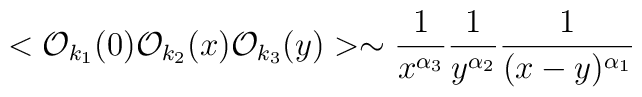
<{\cal O}_{k_1}(0){\cal O}_{k_2}(x){\cal O}_{k_3}(y)> \sim \frac{1}{x^{\alpha_3}}\frac{1}{y^{\alpha_2}}\frac{1}{(x-y)^{\alpha_1}}